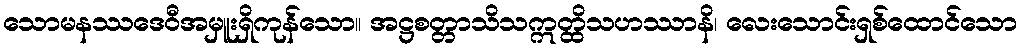
သောမနဿဒေဝီအမှူးရှိကုန်သော။ အဋ္ဌစတ္တာသိသဣတ္ထိသဟဿာနိ၊ လေးသောင်းရှစ်ထောင်သော